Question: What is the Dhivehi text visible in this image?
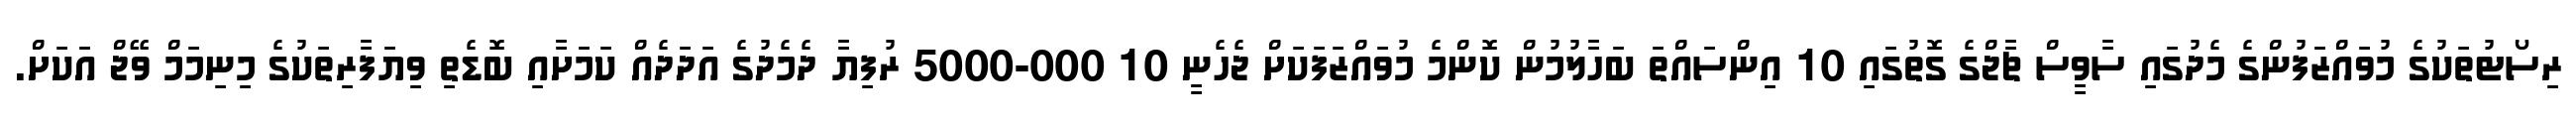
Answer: ރިސޯޓުތަކުގެ މުވައްޒަފުންގެ މެދުގައި ސާވީސް ޗާޖްގެ ގޮތުގައި 10 އިންސައްތަ ބަހާލުމުން ކޮންމެ މުވައްޒަފަކަށް ޖެހެނީ 10 000-5000 ރުފިޔާ ދެމެދުގެ އަދަދެއް ކަމަށާއި ބޮޑެތި ވިޔަފާރިތަކުގެ މިނިމަމް ވޭޖް އަކަށް.